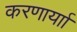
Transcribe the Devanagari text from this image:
करणार्याा